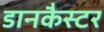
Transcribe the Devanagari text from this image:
डानकैस्टर